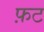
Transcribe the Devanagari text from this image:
फ़ट